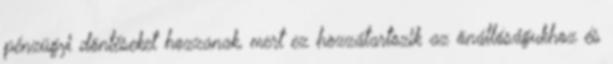
pénzügyi döntéseket hozzanak, mert ez hozzátartozik az önállóságukhoz és